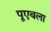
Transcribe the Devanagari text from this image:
पूएबला